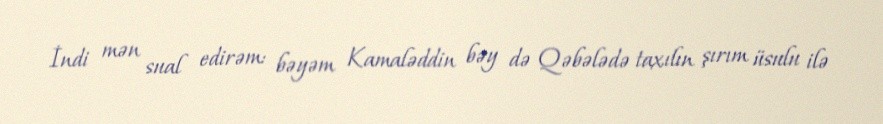
İndi mən sual edirəm: bəyəm Kamaləddin bəy də Qəbələdə taxılın şırım üsulu ilə